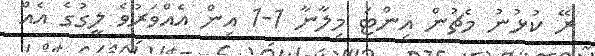
ރޭ ކުޅުނު މެޗުން އިންޓަ މިލާނާ 1-1 އިން އެއްވަރުވެ ލީގުގެ އެއް